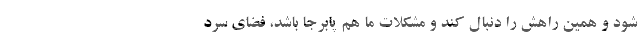
شود و همین راهش را دنبال کند و مشکلات ما هم پا‌برجا باشد، فضای سرد